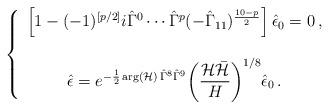
LaTeX: \begin{align*}\left\{\begin{array}{c}\left[1-(-1)^{[p/2]} i\hat{\Gamma}^{0}\cdots\hat{\Gamma}^{p}(-\hat{\Gamma}_{11})^{\frac{10-p}{2}}\right]\hat{\epsilon}_{0}=0\, ,\\\\\hat{\epsilon} =e^{-\frac{1}{2}\arg({\cal H})\, \hat{\Gamma}^{8}\hat{\Gamma}^{9}}\displaystyle{\left(\frac{{\cal H}\bar{{\cal H}}}{H}\right)^{1/8}}\hat{\epsilon}_{0}\, .\end{array}\right.\end{align*}